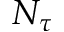
N _ { \tau }